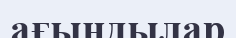
ағындылар